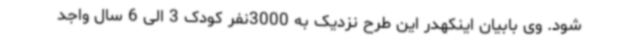
شود. وی بابیان اینکهدر این طرح نزدیک به 3000نفر کودک 3 الی 6 سال واجد